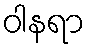
ဝါနရာ